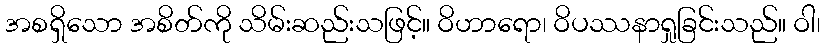
အစရှိသော အစိတ်ကို သိမ်းဆည်းသဖြင့်။ ဝိဟာရော၊ ဝိပဿနာရှုခြင်းသည်။ ဝါ၊